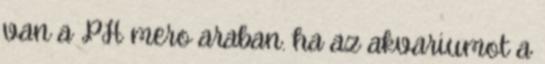
van a PH mero araban. ha az akvariumot a